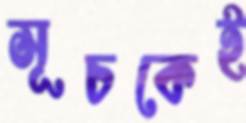
সূচকেই